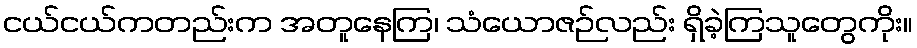
ငယ်ငယ်ကတည်းက အတူနေကြ၊ သံယောဇဉ်လည်း ရှိခဲ့ကြသူတွေကိုး။